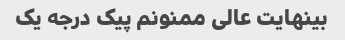
بینهایت عالی ممنونم پیک درجه یک